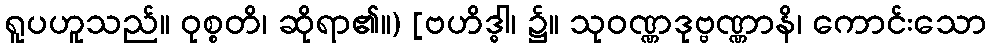
ရူပဟူသည်။ ဝုစ္စတိ၊ ဆိုရာ၏။) [ဗဟိဒ္ဓါ၊ ၌။ သုဝဏ္ဏဒုဗ္ဗဏ္ဏာနိ၊ ကောင်းသော